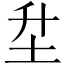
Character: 𡉼